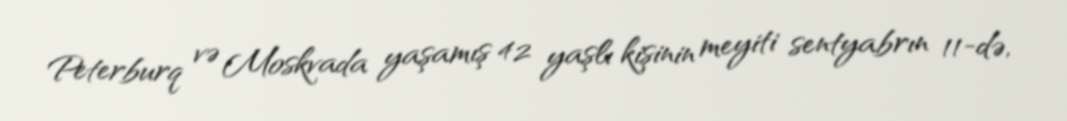
Peterburq və Moskvada yaşamış 42 yaşlı kişinin meyiti sentyabrın 11-də,